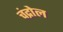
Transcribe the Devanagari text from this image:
चंद्रोल